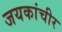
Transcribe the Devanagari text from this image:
जयकांचीर